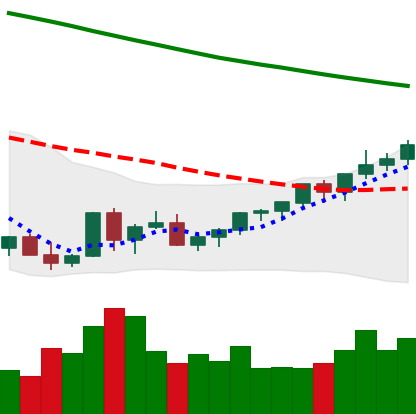
Ticker: XLM-USD
Chart end date: 2022-03-24
Forward return: 8.657%
Label: up_7plus